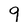
Character: 9